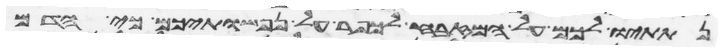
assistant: נתתיו לכם על המזבח לכפר על נפשתיכם כי הדם